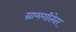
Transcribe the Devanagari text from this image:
ग्रामगीतेवर